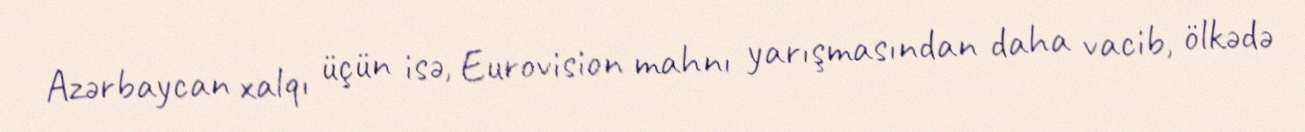
Azərbaycan xalqı üçün isə, Eurovision mahnı yarışmasından daha vacib, ölkədə